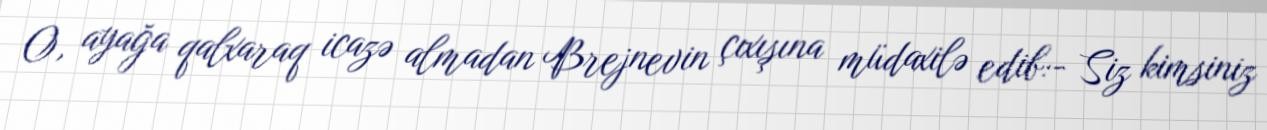
O, ayağa qalxaraq icazə almadan Brejnevin çıxışına müdaxilə edib:- Siz kimsiniz